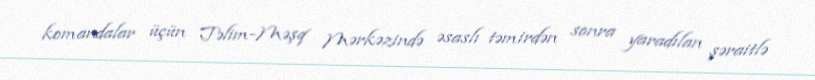
komandalar üçün Təlim-Məşq Mərkəzində əsaslı təmirdən sonra yaradılan şəraitlə